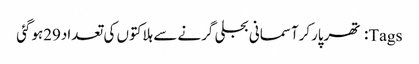
Tags: تھرپارکرآسمانی بجلی گرنے سے ہلاکتوں کی تعداد29ہوگئی